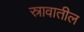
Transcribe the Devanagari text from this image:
स्रावातील